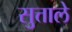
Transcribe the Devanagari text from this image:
सुत्ताले